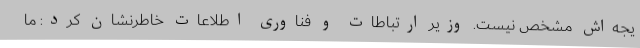
یجه‌اش مشخص نیست. وزیر ارتباطات و فناوری اطلاعات خاطرنشان کرد: ما